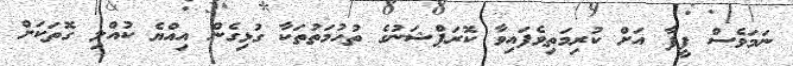
ނަމަވެސް ފީފާ އަށް ކުރިމަތިވެފައިވާ ކޮރަޕްޝަނުގެ ތުހުމަތުތަކާ ގުޅިގެން އިއްޔެ ކުއްލި ގޮތަކަށް